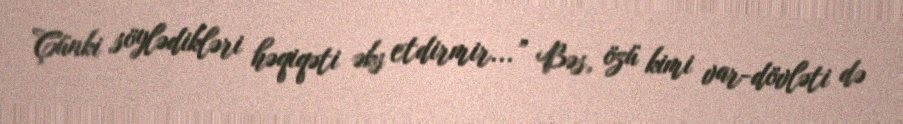
Çünki söylədikləri həqiqəti əks etdirmir...” Bəs, özü kimi var-dövləti də